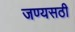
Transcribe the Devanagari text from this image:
जण्यसठी